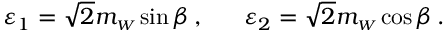
{ \varepsilon } _ { 1 } = \sqrt { 2 } m _ { \scriptscriptstyle W } \sin { \beta } \, , \ \ \ \ \ { \varepsilon } _ { 2 } = \sqrt { 2 } m _ { \scriptscriptstyle W } \cos { \beta } \, .